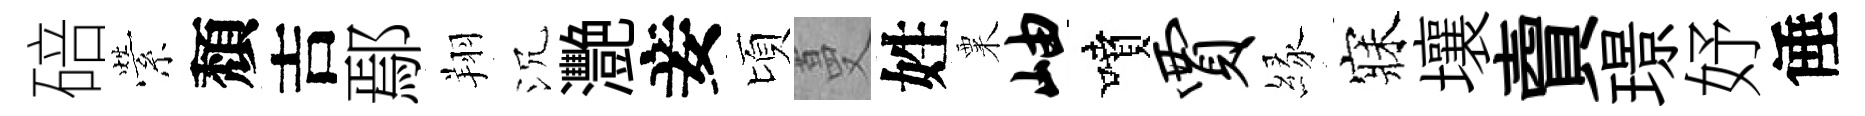
碚縈頽吉鄢翔沉灧妾頃蔓姓粟岫噴贾縁寐壤𧶠璟妤倕